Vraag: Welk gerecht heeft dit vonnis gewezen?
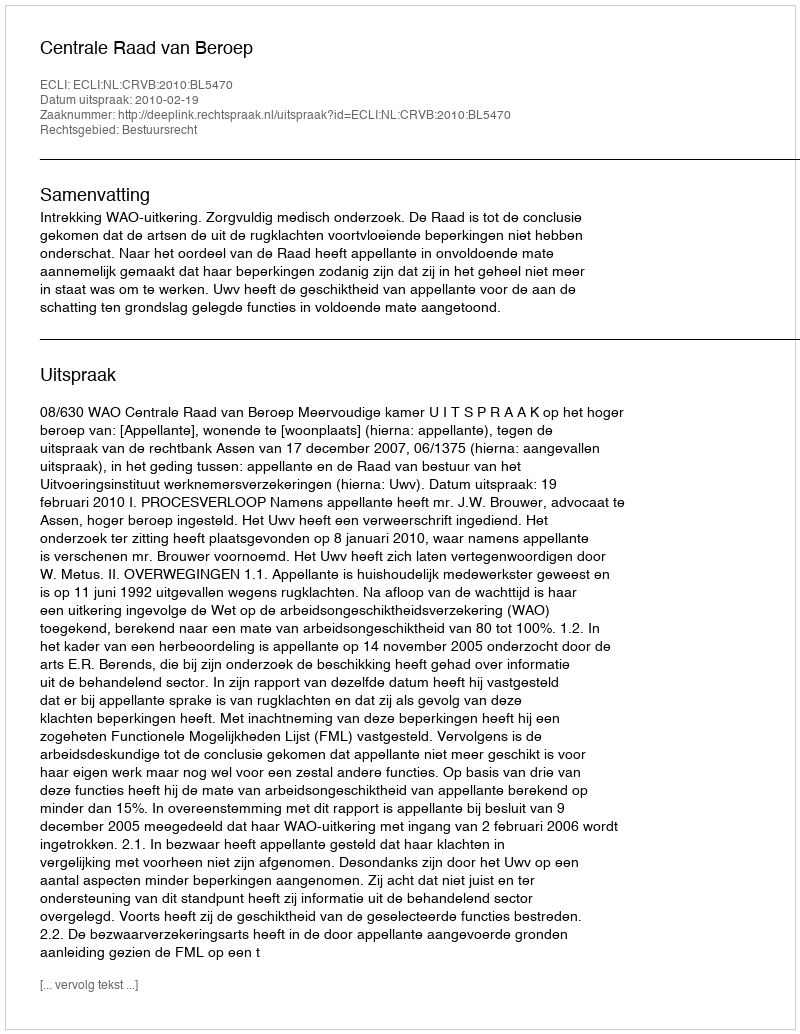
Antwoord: Centrale Raad van Beroep